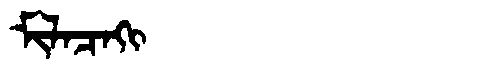
Manchu: ᠮᡳᠯᠠᠴᠠᡴᡳ
Romanization: MILACAKI